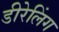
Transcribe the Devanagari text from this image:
डीरेलिंग